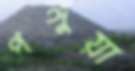
পঙ্গুয়া